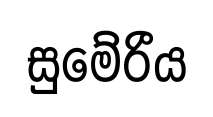
සුමේරීය